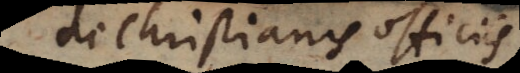
Christianis officiis